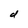
Character: d